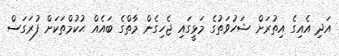
އަދި އެއިގެ އިތުރަށް ޝަހުވަތުގެ މަޅީގައި ޖެހިގެން މާތްގެ ބައެއް ޙުކުމްތަކަށް ފުރަގަސް